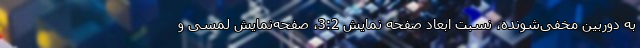
به دوربین مخفی‌شونده، نسبت ابعاد صفحه نمایش 3:2، صفحه‌نمایش لمسی و